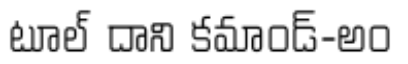
టూల్ దాని కమాండ్-అం